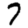
Digit: 7